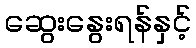
ဆွေးနွေးရန်နှင့်